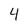
Character: 4